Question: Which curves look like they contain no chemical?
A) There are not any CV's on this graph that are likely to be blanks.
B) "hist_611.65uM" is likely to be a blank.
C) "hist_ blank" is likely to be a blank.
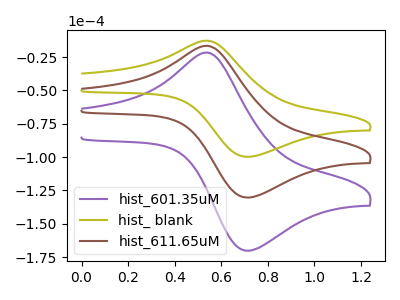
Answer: <think>The purple curve "hist_601.35uM" has an anodic peak at (0.55V, -33.00uA) and a cathodic peak at (0.70V, -260.80uA). The olive curve "hist_ blank" has an anodic peak at (0.55V, -12.60uA) and a cathodic peak at (0.70V, -99.85uA). The brown curve "hist_611.65uM" has an anodic peak at (0.55V, -16.50uA) and a cathodic peak at (0.70V, -130.40uA).</think>
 <answer>A) There are not any CV's on this graph that are likely to be blanks.</answer>
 <eval>A</eval>